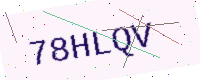
Text: 78HLQV